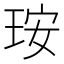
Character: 𤥃